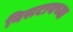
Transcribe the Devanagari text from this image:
निसटायच्या